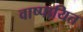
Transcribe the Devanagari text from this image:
वाष्पायित